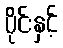
ပိုင်းနှင့်